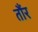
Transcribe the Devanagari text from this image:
तौंर